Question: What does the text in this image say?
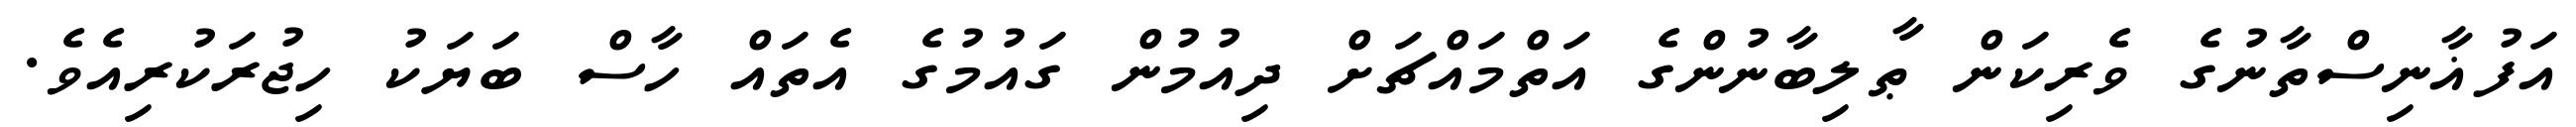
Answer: އަފުޣާނިސްތާނުގެ ވެރިކަން ޠާލިބާނުންގެ އަތްމައްޗަށް ދިއުމުން ގައުމުގެ އެތައް ހާސް ބަޔަކު ހިޖުރަކުރިއެވެ.